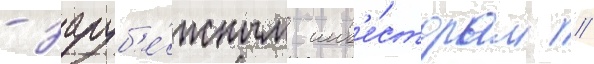
- заруб'е́жным инв'е́сторам //